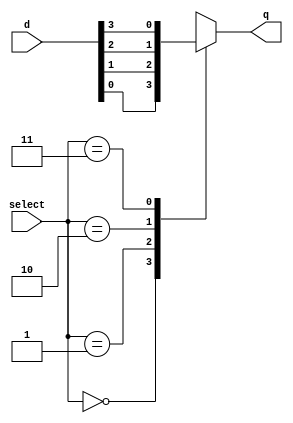
module mux4( select, d, q );

input[1:0] select;
input[3:0] d;
output     q;

reg       q;
wire[1:0] select;
wire[3:0] d;

always @( select or d )
begin
   case( select )
       0 : q = d[0];
       1 : q = d[1];
       2 : q = d[2];
       3 : q = d[3];
   endcase
end

endmodule